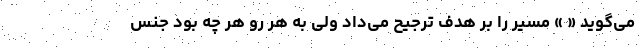
می‌گوید « » مسیر را بر هدف ترجیح می‌داد ولی به هر رو هر چه بود جنس